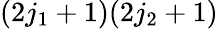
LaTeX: (2j_{1}+1)(2j_{2}+1)